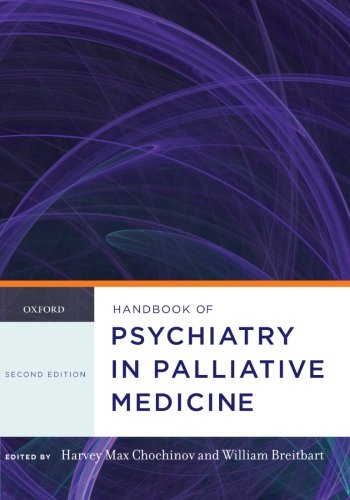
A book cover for Handbook of Psychiatry in Palliative Medicine (Oxford Handbooks); Self-Help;